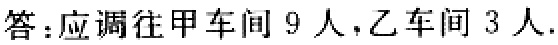
答：应调往甲车间 9 人，乙车间 3 人.